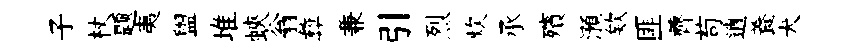
子杖题夷盥堆蛺翁彜兼引烈炊承殯澦欸匪薺苟逍養犬